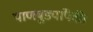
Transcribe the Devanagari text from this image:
पाणबुड्यांपैकी